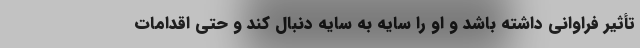
تأثیر فراوانی داشته باشد و او را سایه به سایه دنبال کند و حتی اقدامات